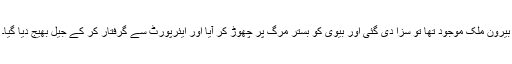
بیرون ملک موجود تھا تو سزا دی گئی اور بیوی کو بستر مرگ پر چھوڑ کر آیا اور ایئرپورٹ سے گرفتار کر کے جیل بھیج دیا گیا۔